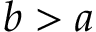
b > a